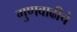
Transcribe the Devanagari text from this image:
गुणवाढीचे